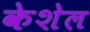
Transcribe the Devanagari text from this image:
केशेल